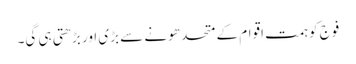
فوج کو ہمت اقوام کے متحد ھونے سے بڑی اور بڑھتی ہی گی۔